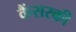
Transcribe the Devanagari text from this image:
कैंसरकी